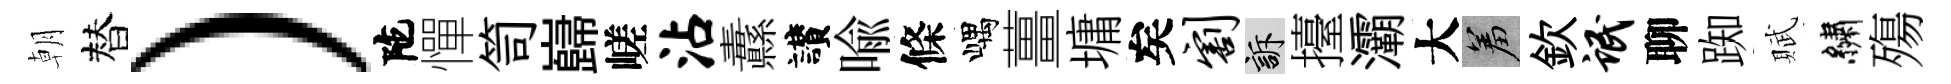
朝替）陀憚笥巋嵯沾纛讃喻條嵎薑墉矣割訴擡灞大羞欽氓聊踟賦繡殤